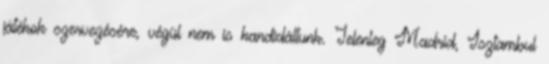
játékok szervezésére, végül nem is kandidáltunk. Jelenleg Madrid, Isztambul